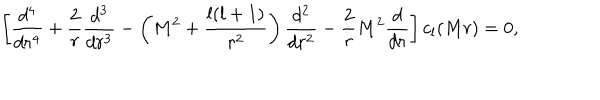
\left[ { \frac { d ^ { 4 } } { d r ^ { 4 } } } + { \frac { 2 } { r } } { \frac { d ^ { 3 } } { d r ^ { 3 } } } - \left( M ^ { 2 } + { \frac { l ( l + 1 ) } { r ^ { 2 } } } \right) { \frac { d ^ { 2 } } { d r ^ { 2 } } } - { \frac { 2 } { r } } M ^ { 2 } { \frac { d } { d r } } \right] c _ { l } ( M r ) = 0 ,